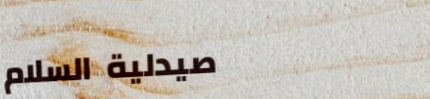
صيدلية السلام